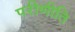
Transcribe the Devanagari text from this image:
परीणीति